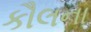
કૌલના